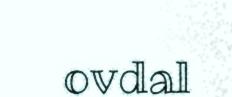
ovdal